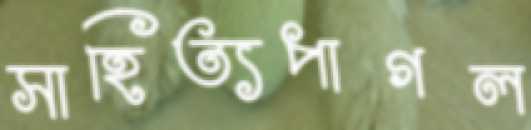
সাহিত্যপাগল